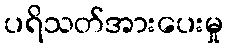
ပရိသတ်အားပေးမှု